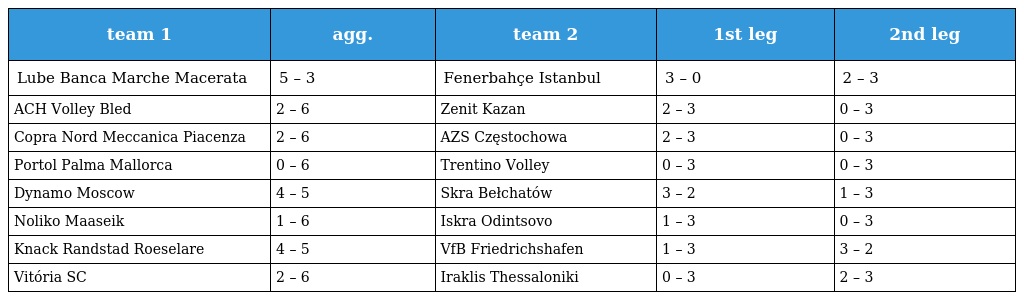
| team 1 | agg. | team 2 | 1st leg | 2nd leg |
 | --- | --- | --- | --- | --- |
 | Lube Banca Marche Macerata | 5 – 3 | Fenerbahçe Istanbul | 3 – 0 | 2 – 3 |
 | ACH Volley Bled | 2 – 6 | Zenit Kazan | 2 – 3 | 0 – 3 |
 | Copra Nord Meccanica Piacenza | 2 – 6 | AZS Częstochowa | 2 – 3 | 0 – 3 |
 | Portol Palma Mallorca | 0 – 6 | Trentino Volley | 0 – 3 | 0 – 3 |
 | Dynamo Moscow | 4 – 5 | Skra Bełchatów | 3 – 2 | 1 – 3 |
 | Noliko Maaseik | 1 – 6 | Iskra Odintsovo | 1 – 3 | 0 – 3 |
 | Knack Randstad Roeselare | 4 – 5 | VfB Friedrichshafen | 1 – 3 | 3 – 2 |
 | Vitória SC | 2 – 6 | Iraklis Thessaloniki | 0 – 3 | 2 – 3 |